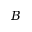
B